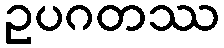
ဥပဂတဿ